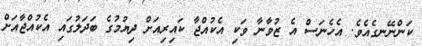
ކަންނޭނގެއެވެ. އެހެނަސް އެ ޒުވާނާ ވަކި އެކުއްޖާ ކައިރިއަށް ދިޔުމުގެ ބަދަލުގައި އެކުއްޖާއަށް